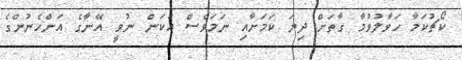
ކޯޗުކަމާ ހަވާލުވުމާ ގާތަށް ދިޔަ ކަމަށާއި ނަމަވެސް އެކަން ނުވީ އޭނާގެ އަންހެނުންގެ